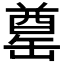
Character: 𮉶